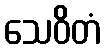
သေဝိတံ